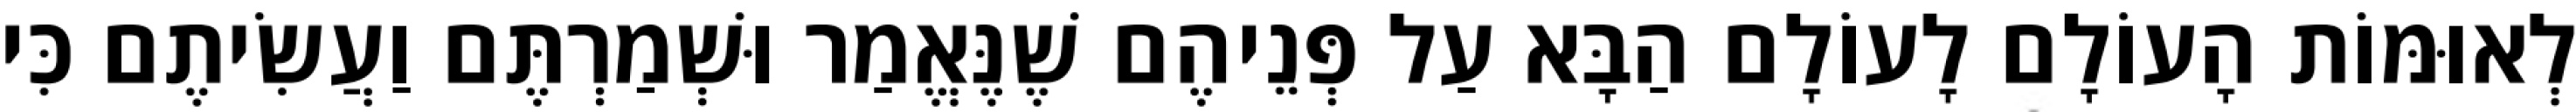
לְאוּמּוֹת הָעוֹלָם לָעוֹלָם הַבָּא עַל פְּנֵיהֶם שֶׁנֶּאֱמַר וּשְׁמַרְתֶּם וַעֲשִׂיתֶם כִּי